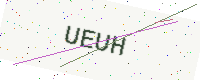
Text: UEUH